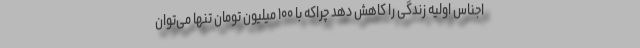
اجناس اولیه زندگی را کاهش دهد چراکه با ۱۰۰ میلیون تومان تنها می‌توان